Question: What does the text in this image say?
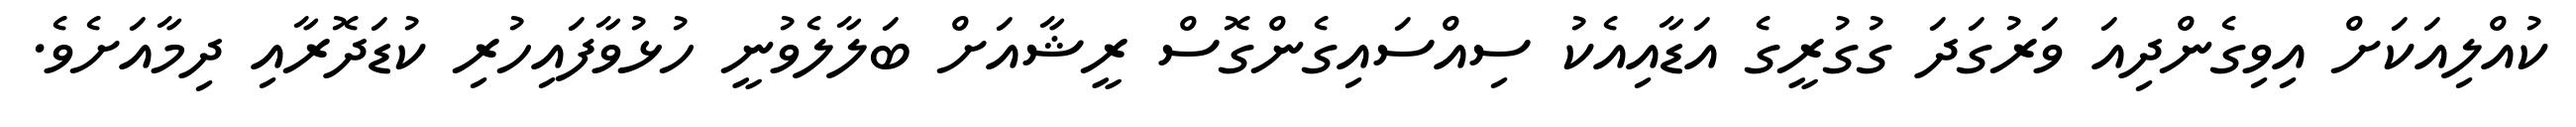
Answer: ކުއްލިއަކަށް އިވިގެންދިއަ ވަރުގަދަ ގުގުރީގެ އަޑާއިއެކު ސިއްސައިގެންގޮސް ރީޝާއަށް ބަލާލެވުނީ ހުޅުވާފައިހުރި ކުޑަދޮރާއި ދިމާއަށެވެ.